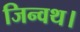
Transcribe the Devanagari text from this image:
जिन्वथ।